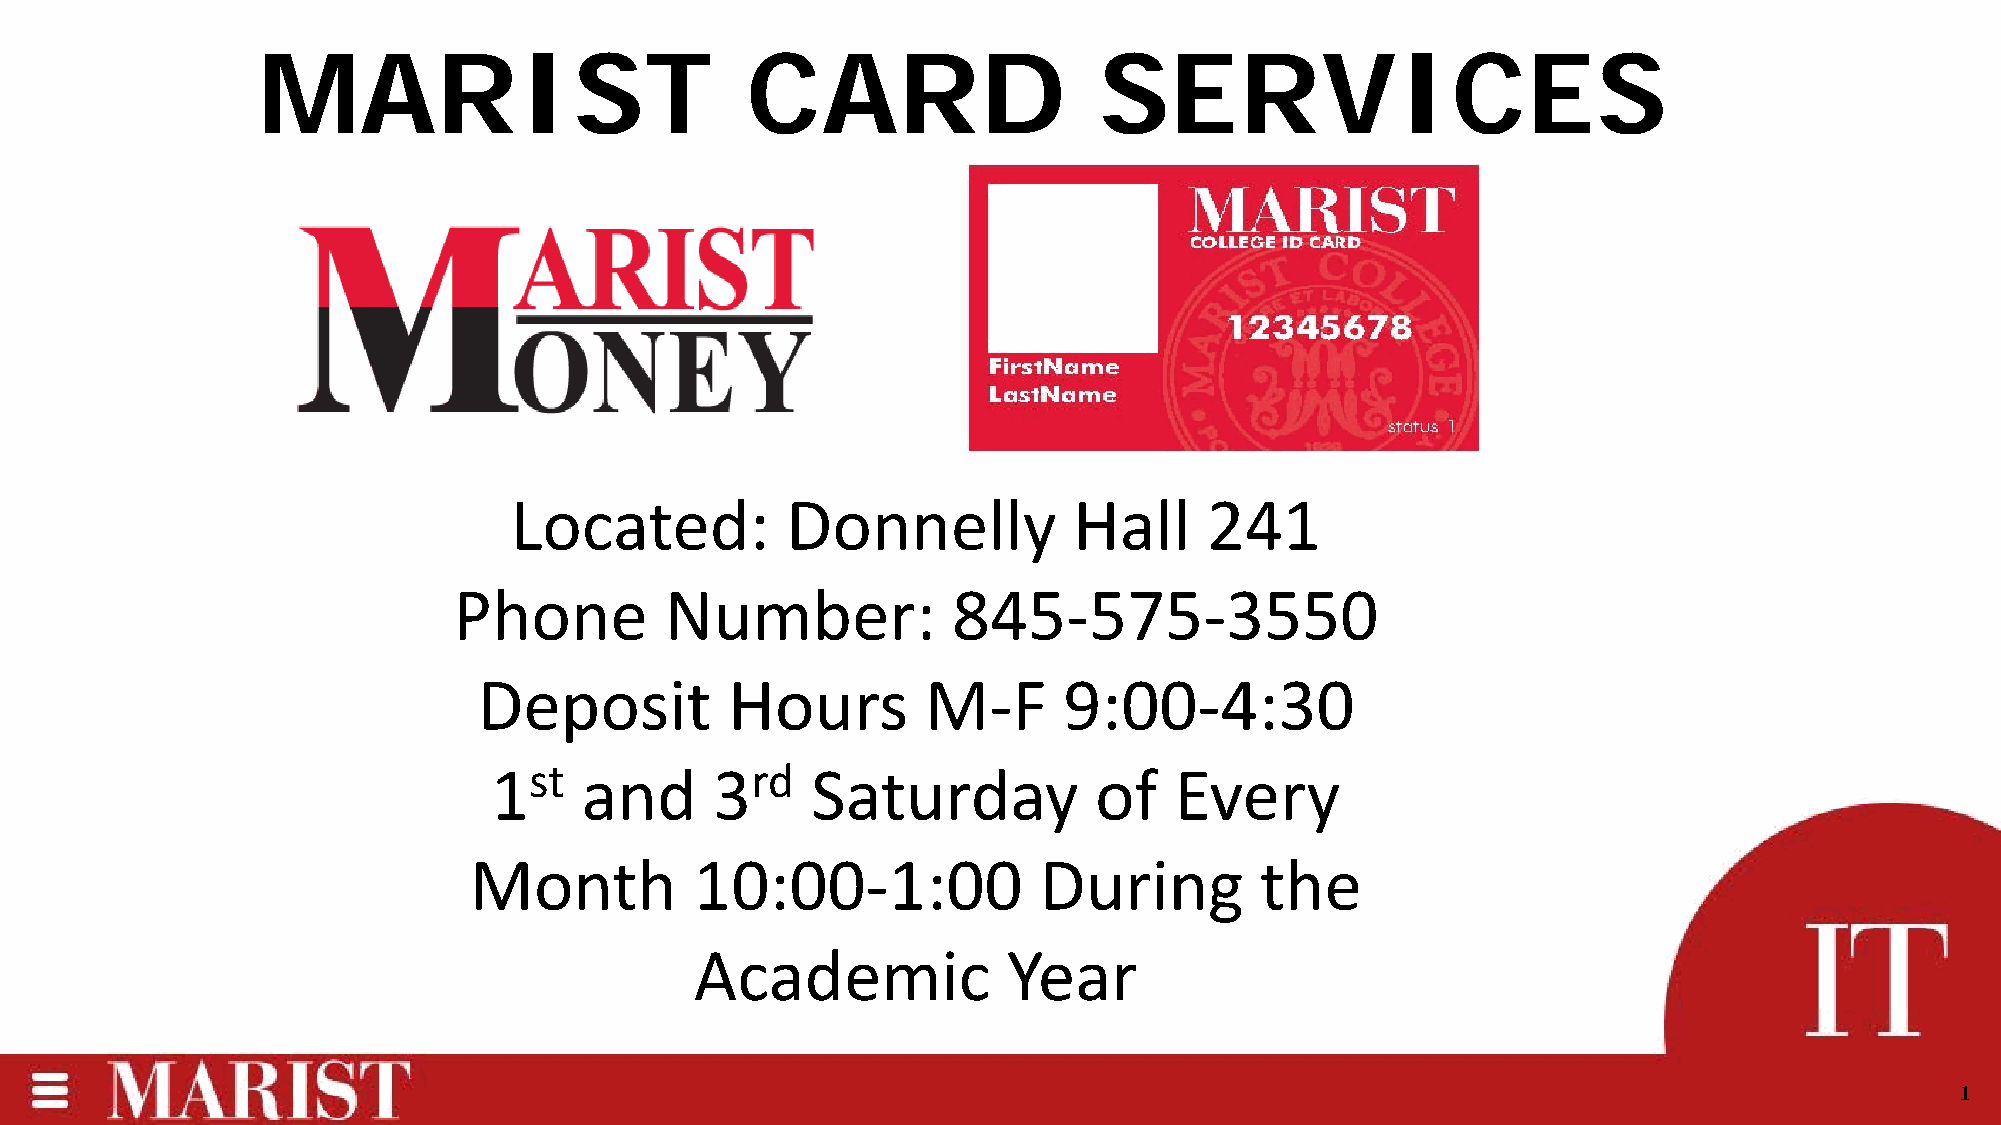
MARIST                          CARD                    SERVICES
 Located:          Donnelly           Hall     241
 Phone         Number:            845-575-3550
 Deposit         Hours        M-F      9:00-4:30
 1st   and      3rd    Saturday          of    Every
 Month          10:00-1:00             During        the
 Academic             Year
 1